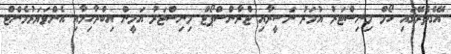
އޭގެތެރޭގައި ހޯމް މިނިސްޓަރު އުމަރު ނަސީރާއި ޓްރާންސްޕޯޓް މިނިސްޓަރު އަމީން އިބްރާހިމާއި އެންވަޔަރުމެންޓް